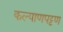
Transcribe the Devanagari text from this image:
कल्याणपट्टण